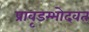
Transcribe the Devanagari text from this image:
प्रावृडम्भोदवत्